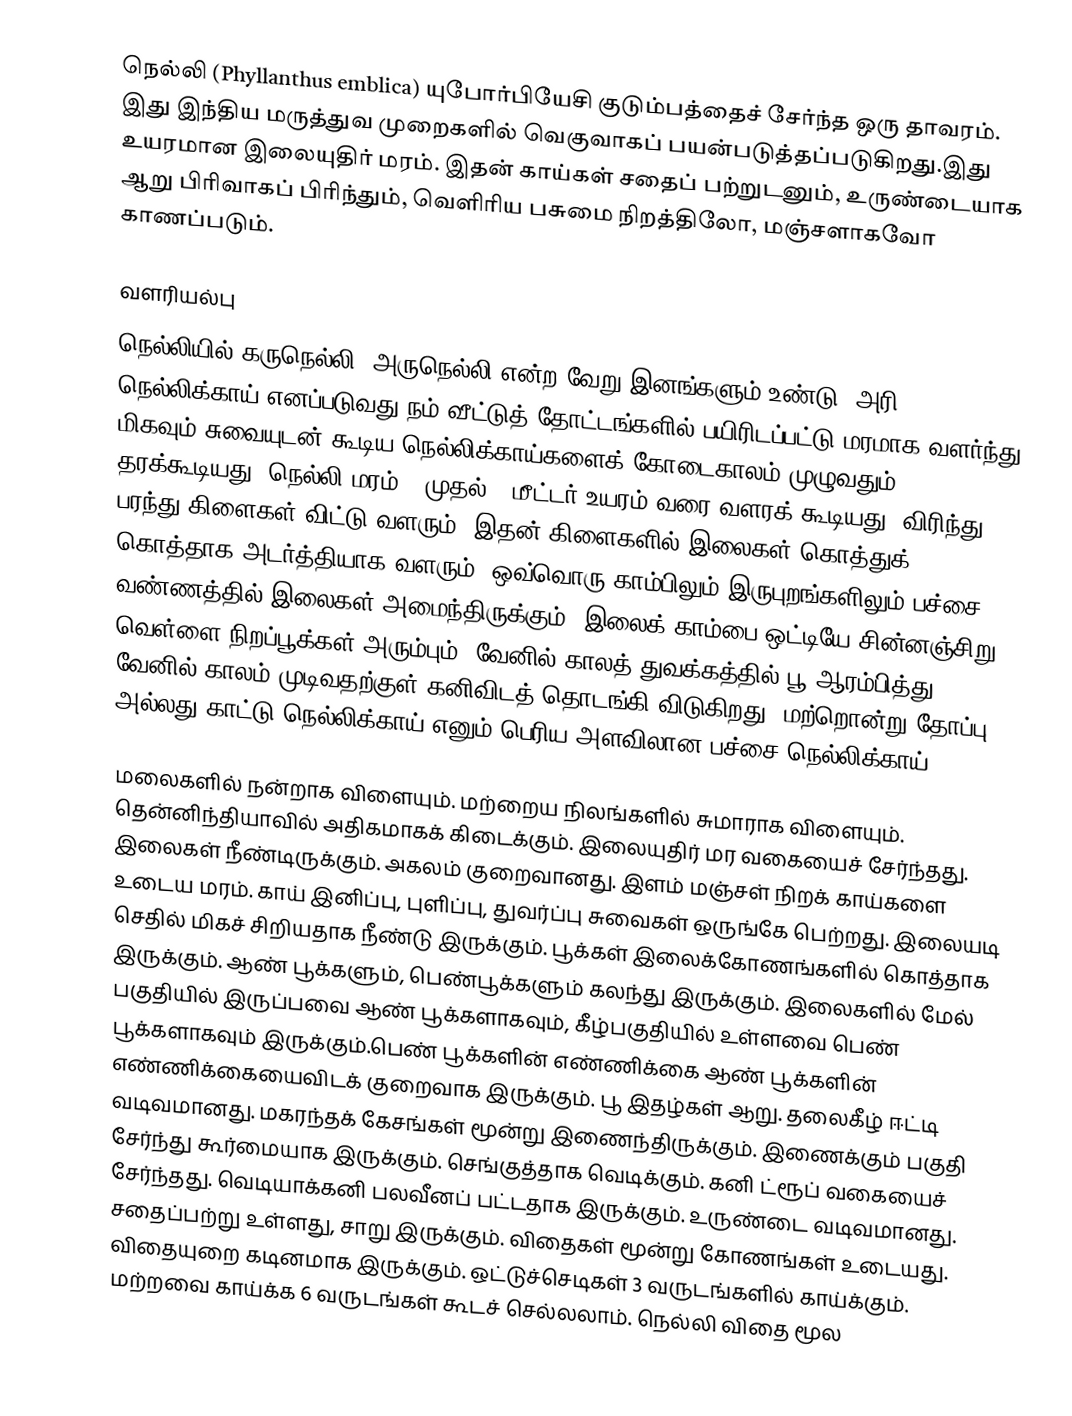
நெல்லி (Phyllanthus emblica) யுபோர்பியேசி குடும்பத்தைச் சேர்ந்த ஒரு தாவரம். இது இந்திய மருத்துவ முறைகளில் வெகுவாகப் பயன்படுத்தப்படுகிறது.இது உயரமான இலையுதிர் மரம். இதன் காய்கள் சதைப் பற்றுடனும், உருண்டையாக ஆறு பிரிவாகப் பிரிந்தும், வெளிரிய பசுமை நிறத்திலோ, மஞ்சளாகவோ காணப்படும்.

வளரியல்பு
நெல்லியில் கருநெல்லி, அருநெல்லி என்ற வேறு இனங்களும் உண்டு. அரி நெல்லிக்காய் எனப்படுவது நம் வீட்டுத் தோட்டங்களில் பயிரிடப்பட்டு மரமாக வளர்ந்து மிகவும் சுவையுடன் கூடிய நெல்லிக்காய்களைக் கோடைகாலம் முழுவதும் தரக்கூடியது. நெல்லி மரம் 5 முதல் 6 மீட்டர் உயரம் வரை வளரக் கூடியது. விரிந்து, பரந்து கிளைகள் விட்டு வளரும். இதன் கிளைகளில் இலைகள் கொத்துக், கொத்தாக அடர்த்தியாக வளரும். ஒவ்வொரு காம்பிலும் இருபுறங்களிலும் பச்சை வண்ணத்தில் இலைகள் அமைந்திருக்கும். இலைக் காம்பை ஒட்டியே சின்னஞ்சிறு வெள்ளை நிறப்பூக்கள் அரும்பும். வேனில் காலத் துவக்கத்தில் பூ ஆரம்பித்து வேனில் காலம் முடிவதற்குள் கனிவிடத் தொடங்கி விடுகிறது.  மற்றொன்று தோப்பு அல்லது காட்டு நெல்லிக்காய் எனும் பெரிய அளவிலான பச்சை நெல்லிக்காய்.

மலைகளில் நன்றாக விளையும். மற்றைய நிலங்களில் சுமாராக விளையும். தென்னிந்தியாவில் அதிகமாகக் கிடைக்கும். இலையுதிர் மர வகையைச் சேர்ந்தது. இலைகள் நீண்டிருக்கும். அகலம் குறைவானது. இளம் மஞ்சள் நிறக் காய்களை உடைய மரம். காய் இனிப்பு, புளிப்பு, துவர்ப்பு சுவைகள் ஒருங்கே பெற்றது. இலையடி செதில் மிகச் சிறியதாக நீண்டு இருக்கும். பூக்கள் இலைக்கோணங்களில் கொத்தாக இருக்கும். ஆண் பூக்களும், பெண்பூக்களும் கலந்து இருக்கும். இலைகளில் மேல் பகுதியில் இருப்பவை ஆண் பூக்களாகவும், கீழ்பகுதியில் உள்ளவை பெண் பூக்களாகவும் இருக்கும்.பெண் பூக்களின் எண்ணிக்கை ஆண் பூக்களின் எண்ணிக்கையைவிடக் குறைவாக இருக்கும். பூ இதழ்கள் ஆறு. தலைகீழ் ஈட்டி வடிவமானது. மகரந்தக் கேசங்கள் மூன்று இணைந்திருக்கும். இணைக்கும் பகுதி சேர்ந்து கூர்மையாக இருக்கும். செங்குத்தாக வெடிக்கும். கனி ட்ரூப் வகையைச் சேர்ந்தது. வெடியாக்கனி பலவீனப் பட்டதாக இருக்கும். உருண்டை வடிவமானது. சதைப்பற்று உள்ளது, சாறு இருக்கும். விதைகள் மூன்று கோணங்கள் உடையது. விதையுறை கடினமாக இருக்கும். ஒட்டுச்செடிகள் 3 வருடங்களில் காய்க்கும். மற்றவை காய்க்க 6 வருடங்கள் கூடச் செல்லலாம். நெல்லி விதை மூல